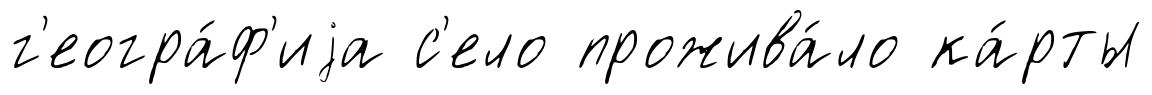
г'еогра́ф'иjа с'ело прожива́ло ка́рты